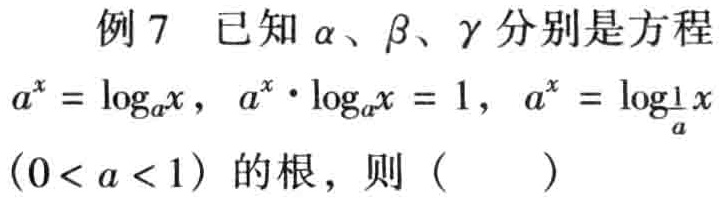
例7 已知\(\alpha\)、\(\beta\)、\(\gamma\)分别是方程\(a^{x}=\log_{a}x\)，\(a^{x}\cdot\log_{a}x = 1\)，\(a^{x}=\log_{\frac{1}{a}}x\) \((0 < a < 1)\)的根，则（  ）